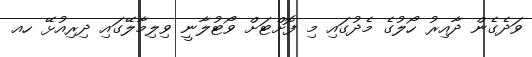
ވަދެގެން ދާއިރު ހޯލުގެ މެދުގައި މި ފޮށްޓަށް ވޯޓުލާނީ ވިލިމާލޭގައި ދިރިއުޅޭ ހއ